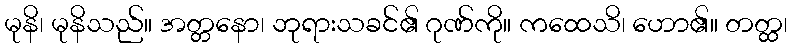
မုနိ၊ မုနိသည်။ အတ္တနော၊ ဘုရားသခင်၏ ဂုဏ်ကို။ ကထေသိ၊ ဟော၏။ တတ္ထ၊